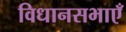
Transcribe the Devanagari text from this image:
विधानसभाएँ